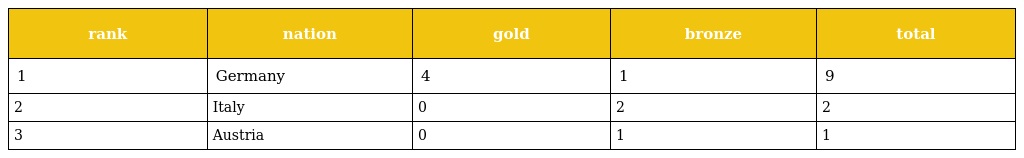
| rank | nation | gold | bronze | total |
 | --- | --- | --- | --- | --- |
 | 1 | Germany | 4 | 1 | 9 |
 | 2 | Italy | 0 | 2 | 2 |
 | 3 | Austria | 0 | 1 | 1 |